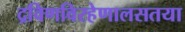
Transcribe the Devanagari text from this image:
द्रविणविरहेणालसतया